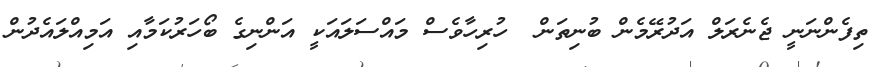
ތިފެންނަނީ ޖެނެރަލް އަދުރޭމެން ބުނިތަން  ހުރިހާވެސް މައްސަލައަކީ އަންނިގެ ބޯހަރުކަމާއި އަމިއްލައެދުން